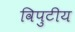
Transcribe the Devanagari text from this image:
विपुटीय